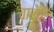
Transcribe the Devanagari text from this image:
चारहि